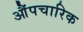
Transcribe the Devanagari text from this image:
औंपचारिक